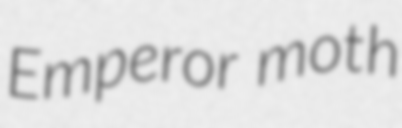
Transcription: Emperor moth